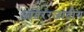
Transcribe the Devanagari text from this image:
आंतररजातीय